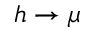
h \to \mu